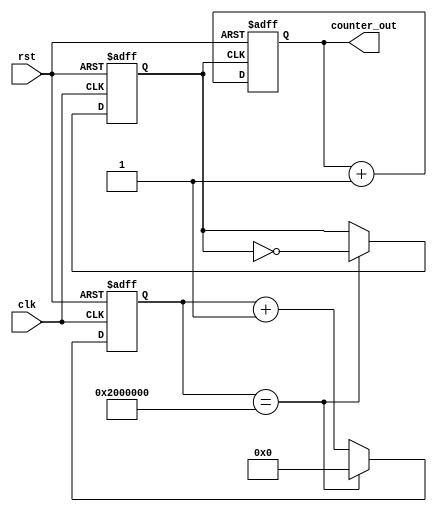
`timescale 1ns / 1ps
//////////////////////////////////////////////////////////////////////////////////
// Company: coreel
// Engineer: 
// 
// Create Date:    
// Design Name: 
// Module Name:    Counter 
// Project Name: 
// Target Devices: 
// Tool versions: 
// Description: 4 bit counter with source clock (100MHz) division.
//
// Dependencies: 
//
// Revision: 
// Revision 0.01 - File Created
// Additional Comments: 
//
//////////////////////////////////////////////////////////////////////////////////
module clock_div_count(clk,rst,counter_out);
input clk,rst;
reg div_clk;
reg [25:0] delay_count;
output reg [3:0] counter_out;

//////////clock division block////////////////////
always @(posedge clk or posedge rst)
begin

if(rst)
begin
delay_count<=26'd0;
div_clk <= 1'b0;
end
else
if(delay_count==26'd33554432)
begin
delay_count<=26'd0;
div_clk <= ~div_clk;  //generating a slow clock
end
else
begin
delay_count<=delay_count+1;
end
end


/////////////4 bit counter block///////////////////
always @(posedge div_clk or posedge rst)
begin

if(rst)
begin
counter_out<=4'b0000;
//div_clk <= 1'b0;
end
else
begin
counter_out<= counter_out+1;
end
end
endmodule